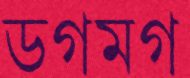
ডগমগ